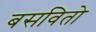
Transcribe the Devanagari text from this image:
बसवितो